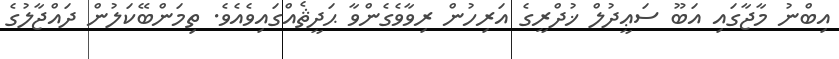
އިބްނު މާޖާގައި އަބޫ ސަޢީދުލް ޚުދްރީގެ އަރިހުން ރިވާވެގެންވާ ޙަދީޘެއްގައިވެއެވެ. ތިމަންބޭކަލުން ދައްޖާލުގެ